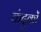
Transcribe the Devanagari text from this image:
कंदुकों